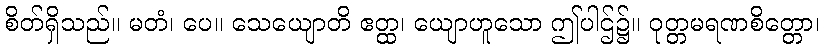
စိတ်ရှိသည်။ မတံ၊ ပေ။ သေယျောတိ ဧတ္ထ၊ ယျောဟူသော ဤပါဌ်၌။ ဝုတ္တမရဏစိတ္တော၊